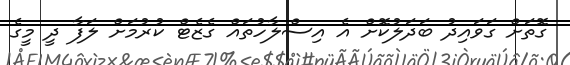
ގޮތަށް ގަވައިދު ބަދަލުކޮށް އެ އިސްލާހުތައް ގެޒެޓް ކުރުމަށް ލަފާ ދީ މީގެ